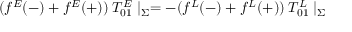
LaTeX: ( f ^ { E } ( - ) + f ^ { E } ( + ) ) \: T _ { 0 1 } ^ { E } \mid _ { \Sigma } = - ( f ^ { L } ( - ) + f ^ { L } ( + ) ) \: T _ { 0 1 } ^ { L } \mid _ { \Sigma }